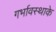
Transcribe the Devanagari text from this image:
गर्भावस्थाके